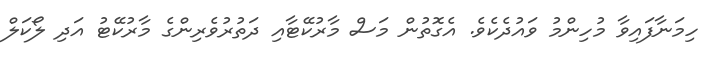
ހިމަނާފައިވާ މުހިންމު ވައުދެކެވެ. އެގޮތުން މަސް މާރުކޭޓާއި ދަތުރުވެރިންގެ މާރުކޭޓު އަދި ލޯކަލް